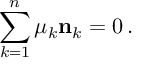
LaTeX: \sum _ { k = 1 } ^ { n } \mu _ { k } { \bf n } _ { k } = 0 \, .